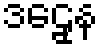
ဒဠှေန